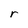
Character: r